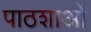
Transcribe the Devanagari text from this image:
पाठशाओं